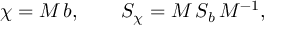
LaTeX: \chi = M \, b , \qquad S _ { \chi } = M \, S _ { b } \, M ^ { - 1 } ,